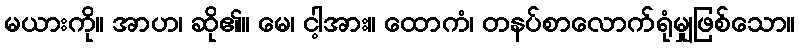
မယားကို။ အာဟ၊ ဆို၏။ မေ၊ ငါ့အား။ ထောကံ၊ တနပ်စာလောက်ရုံမျှဖြစ်သော။